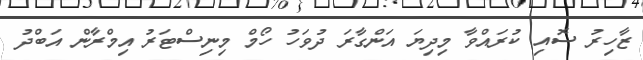
ޒާހިރު ސޮއި ކުރައްވާ މިދިޔަ އަންގާރަ ދުވަހު ހޯމް މިނިސްޓަރު އިމްރާން އަބްދު